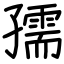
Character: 孺